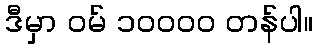
ဒီမှာ ဝမ် ၁၀၀၀၀ တန်ပါ။